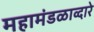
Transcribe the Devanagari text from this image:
महामंडळाव्दारे